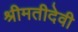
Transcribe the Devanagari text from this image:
श्रीमतीदेवी